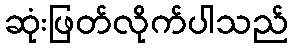
ဆုံးဖြတ်လိုက်ပါသည်